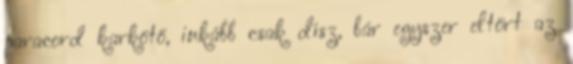
paracord karkötő, inkább csak dísz, bár egyszer eltört az